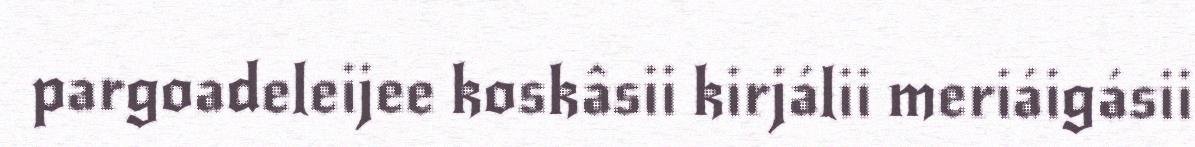
pargoadeleijee koskâsii kirjálii meriáigásii